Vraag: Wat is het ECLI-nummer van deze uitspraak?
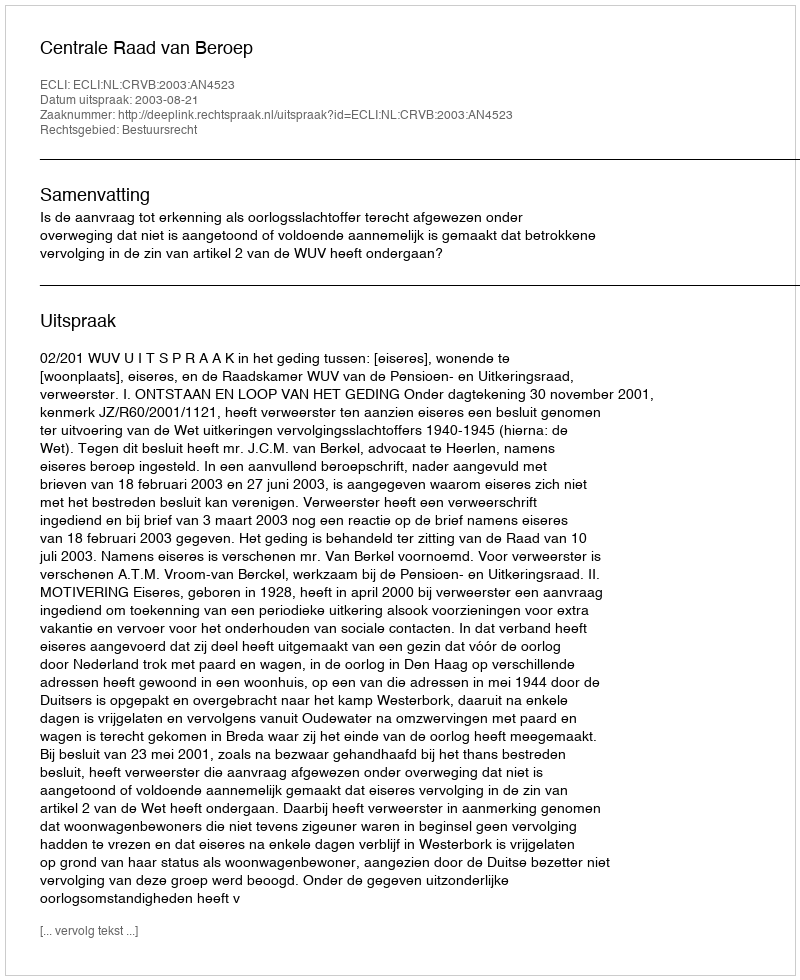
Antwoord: ECLI:NL:CRVB:2003:AN4523